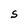
Character: S